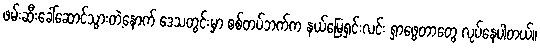
ဖမ်းဆီးခေါ်ဆောင်သွားတဲ့နောက် ဒေသတွင်းမှာ စစ်တပ်ဘက်က နယ်မြေရှင်းလင်း ရှာဖွေတာတွေ လုပ်နေပါတယ်။